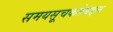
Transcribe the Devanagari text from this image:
समयसूचकतेबद्दल